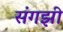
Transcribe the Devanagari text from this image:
संगझी